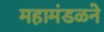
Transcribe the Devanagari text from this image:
महामंडळने